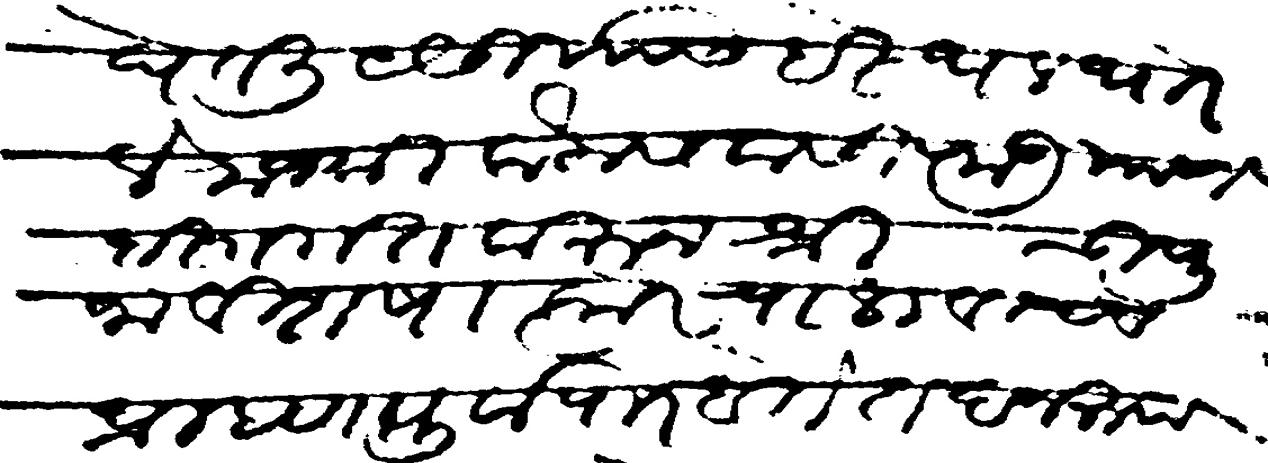
Transliteration (Devanagari): घेतली यैसीयास हे स्थळ थोरले राजश्री कैलासवासी राजी याणी हस्तगत करुन श्री ची पुजा वीशषात्कारे चालवीणेचे व ब्राम्हण पुर्वापार होते तदनरुप